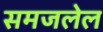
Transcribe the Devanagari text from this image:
समजलेल